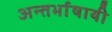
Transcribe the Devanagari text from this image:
अन्तर्भाषायी